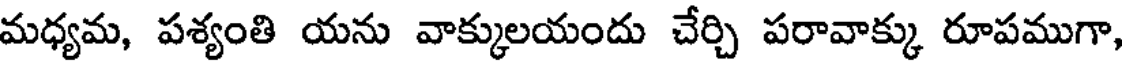
మధ్యమ, పశ్యంతి యను వాక్కులయందు చేర్చి పరావాక్కు రూపముగా,